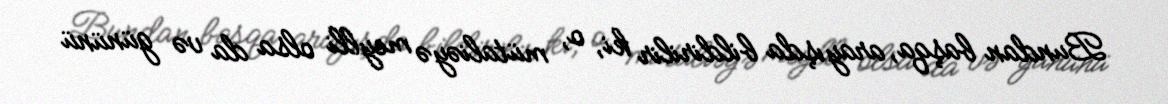
Bundan başqa, arayışda bildirilir ki, o, mütaliəyə meylli olsa da və gününü